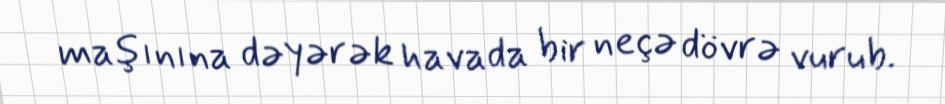
maşınına dəyərək havada bir neçə dövrə vurub.